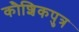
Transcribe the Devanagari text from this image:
कौशिकपुत्र